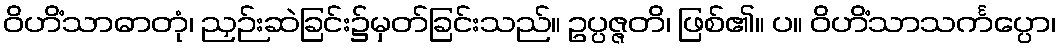
ဝိဟိံသာဓာတုံ၊ ညှဉ်းဆဲခြင်း၌မှတ်ခြင်းသည်။ ဥပ္ပဇ္ဇတိ၊ ဖြစ်၏။ ပ။ ဝိဟိံသာသင်္ကပ္ပော၊